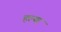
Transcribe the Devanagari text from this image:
हल्या